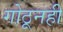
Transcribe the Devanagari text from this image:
गोठूनही